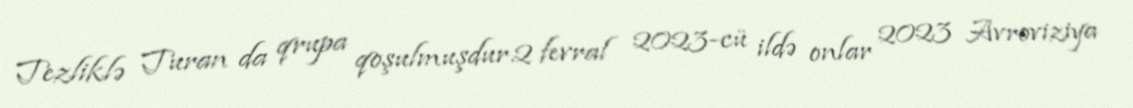
Tezliklə Turan da qrupa qoşulmuşdur.2 fevral 2023-cü ildə onlar 2023 Avroviziya